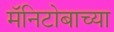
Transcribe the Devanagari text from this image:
मॅनिटोबाच्या